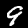
Digit: 9